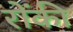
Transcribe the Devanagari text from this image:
रोंकी